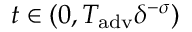
t \in ( 0 , T _ { \mathrm { a d v } } \delta ^ { - \sigma } )